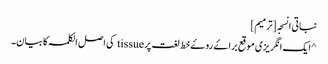
نباتی انسجہ [ترمیم]
^ ایک انگریزی موقع براۓ روۓ خط لغت پر tissue کی اصل الکلمہ کا بیان۔